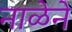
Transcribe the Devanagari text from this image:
नाळेने